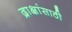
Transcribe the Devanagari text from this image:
द्राक्षांसाठी